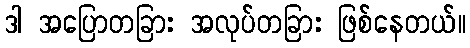
ဒါ အပြောတခြား အလုပ်တခြား ဖြစ်နေတယ်။